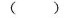
()